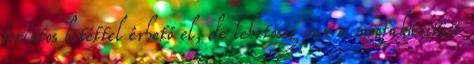
forintos betéttel érhető el, de lehetőség van a megtakarítást